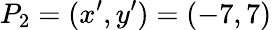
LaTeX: P_{2}=(x^{\prime},y^{\prime})=(-7,7)